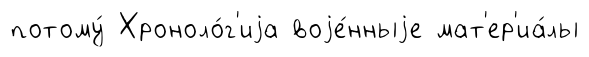
потому́ Хроноло́г'иjа воjе́нныjе мат'ер'иа́лы